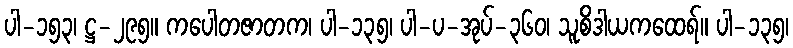
ပါ-၁၅၃၊ ဋ္ဌ-၂၉၅။ ကပေါတဇာတက၊ ပါ-၁၃၅၊ ပါ-ပ-အုပ်-၃၆၀၊ သူစိဒါယကထေရ်။ ပါ-၁၃၅၊